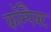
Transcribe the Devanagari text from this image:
काॅम्पैक्ट